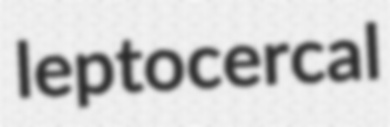
leptocercal